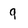
Character: 9